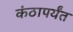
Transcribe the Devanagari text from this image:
कंठापर्यंत